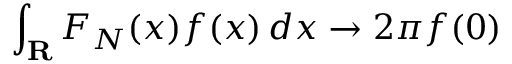
\int _ { \mathbf { R } } F _ { N } ( x ) f ( x ) \, d x \to 2 \pi f ( 0 )